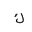
Letter: _kaf